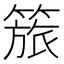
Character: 𥰠